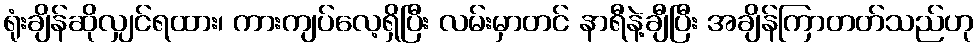
ရုံးချိန်ဆိုလျှင်ရထား၊ ကားကျပ်လေ့ရှိပြီး လမ်းမှာတင် နာရီနဲ့ချီပြီး အချိန်ကြာတတ်သည်ဟု